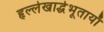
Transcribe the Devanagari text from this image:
हृल्लेखार्द्धभूतायाँ